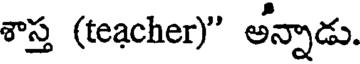
శాస్త (teacher)" అన్నాడు.